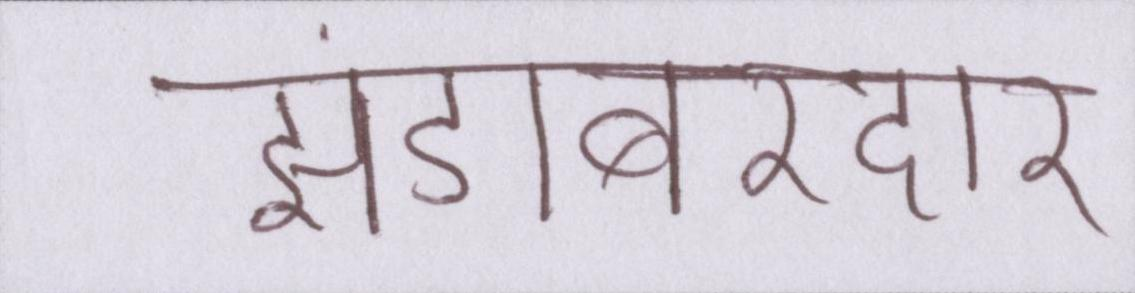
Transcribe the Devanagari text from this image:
झंडाबरदार